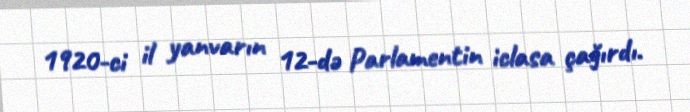
1920-ci il yanvarın 12-də Parlamentin iclasa çağırdı.